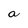
Character: a